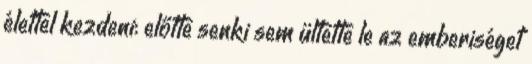
élettel kezdeni: előtte senki sem ültette le az emberiséget